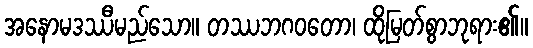
အနောမဒဿီမည်သော။ တဿဘဂဝတော၊ ထိုမြတ်စွာဘုရား၏။